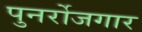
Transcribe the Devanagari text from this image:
पुनर्रोजगार